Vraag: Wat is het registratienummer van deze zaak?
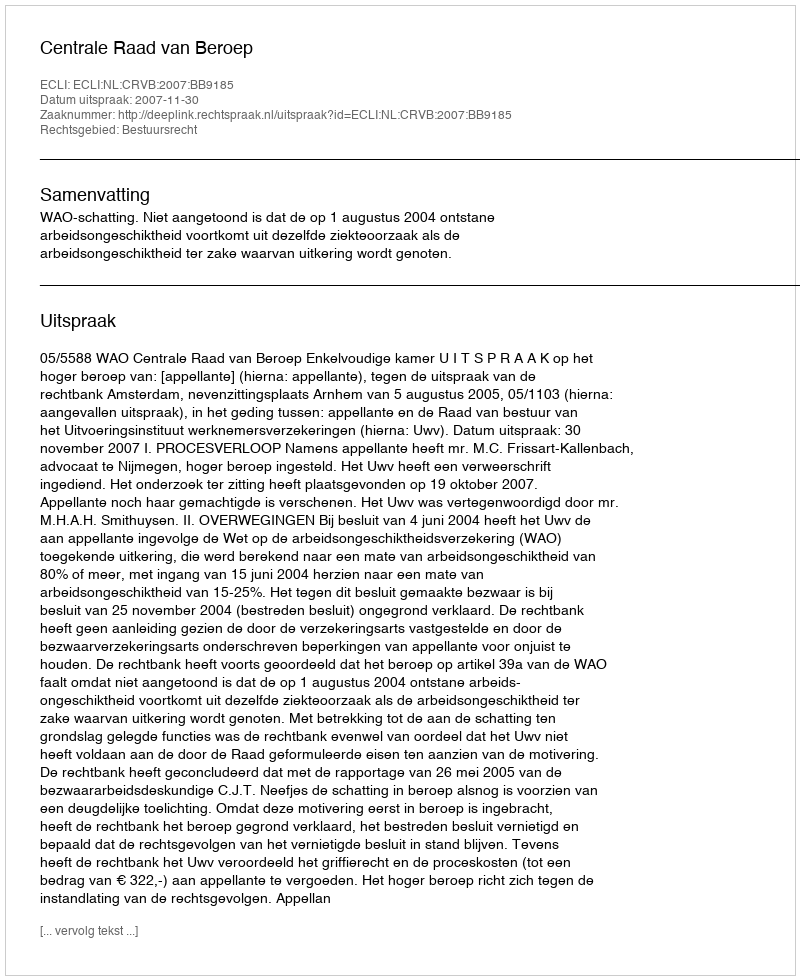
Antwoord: http://deeplink.rechtspraak.nl/uitspraak?id=ECLI:NL:CRVB:2007:BB9185